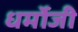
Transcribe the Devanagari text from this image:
धर्मोजी